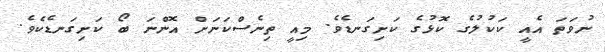
ނުވަތަ އެއީ ކަކުލުގެ ކޮޅުގެ ކަށިގަނޑެވެ. މިއީ ތިނެސްކަނަށް އޮންނަ ބޯ ކަށިގަނޑެކެވެ.